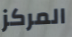
المركز